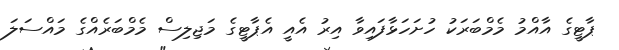
ޕާޓީގެ އާއްމު މެމްބަރަކު ހުށަހަޅާފައިވާ އިރު އެއީ އެޕާޓީގެ މަޖިލިސް މެމްބަރެއްގެ މައްސަލަ